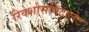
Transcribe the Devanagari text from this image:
रिक्शोसपिटालेट